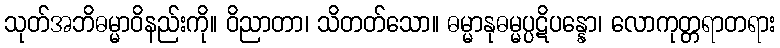
သုတ်အဘိဓမ္မာဝိနည်းကို။ ဝိညာတာ၊ သိတတ်သော။ ဓမ္မာနုဓမ္မပ္ပဋိပန္နော၊ လောကုတ္တရာတရား